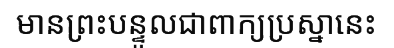
មានព្រះបន្ទូលជាពាក្យប្រស្នានេះ